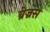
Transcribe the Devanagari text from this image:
ब्रेज्रस